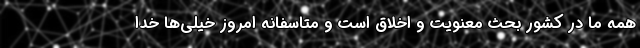
همه ما در کشور بحث معنویت و اخلاق است و متاسفانه امروز خیلی‌ها خدا